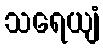
သရေယျံ